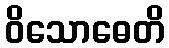
ဝိသောဓေတိ